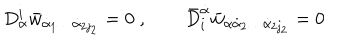
D _ { \alpha } ^ { i } \bar { w } _ { \dot { \alpha } _ { 1 } \ldots \dot { \alpha } _ { 2 j _ { 2 } } } = 0 \; , \qquad \bar { D } _ { i } ^ { \dot { \alpha } } \bar { w } _ { \dot { \alpha } \dot { \alpha } _ { 2 } \ldots \dot { \alpha } _ { 2 j _ { 2 } } } = 0